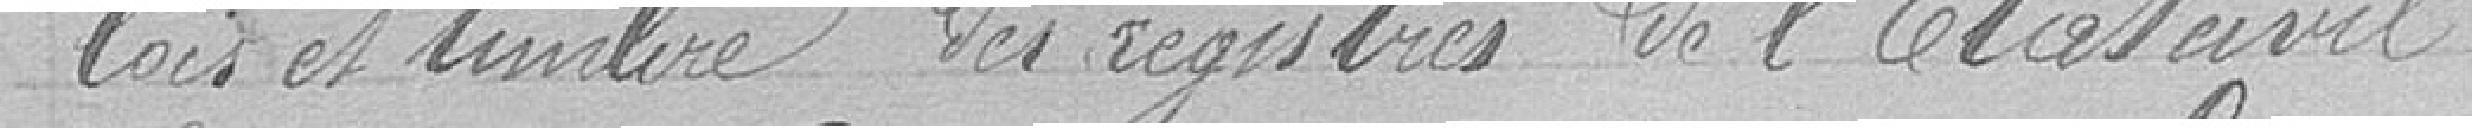
lois et timbres des registres de l’État Civil